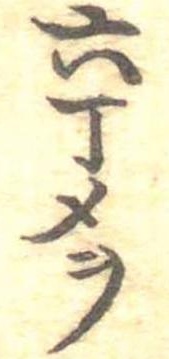
六丁メヲ